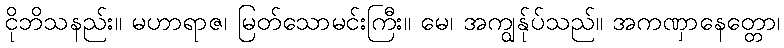
ငိုဘိသနည်း။ မဟာရာဇ၊ မြတ်သောမင်းကြီး။ မေ၊ အကျွန်ုပ်သည်။ အကဏှာနေတ္တော၊